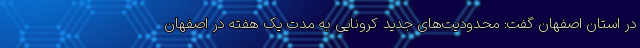
در استان اصفهان گفت: محدودیت‌های جدید کرونایی به مدت یک هفته در اصفهان